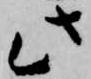
此